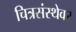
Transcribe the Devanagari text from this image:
चित्रसंस्थेवर